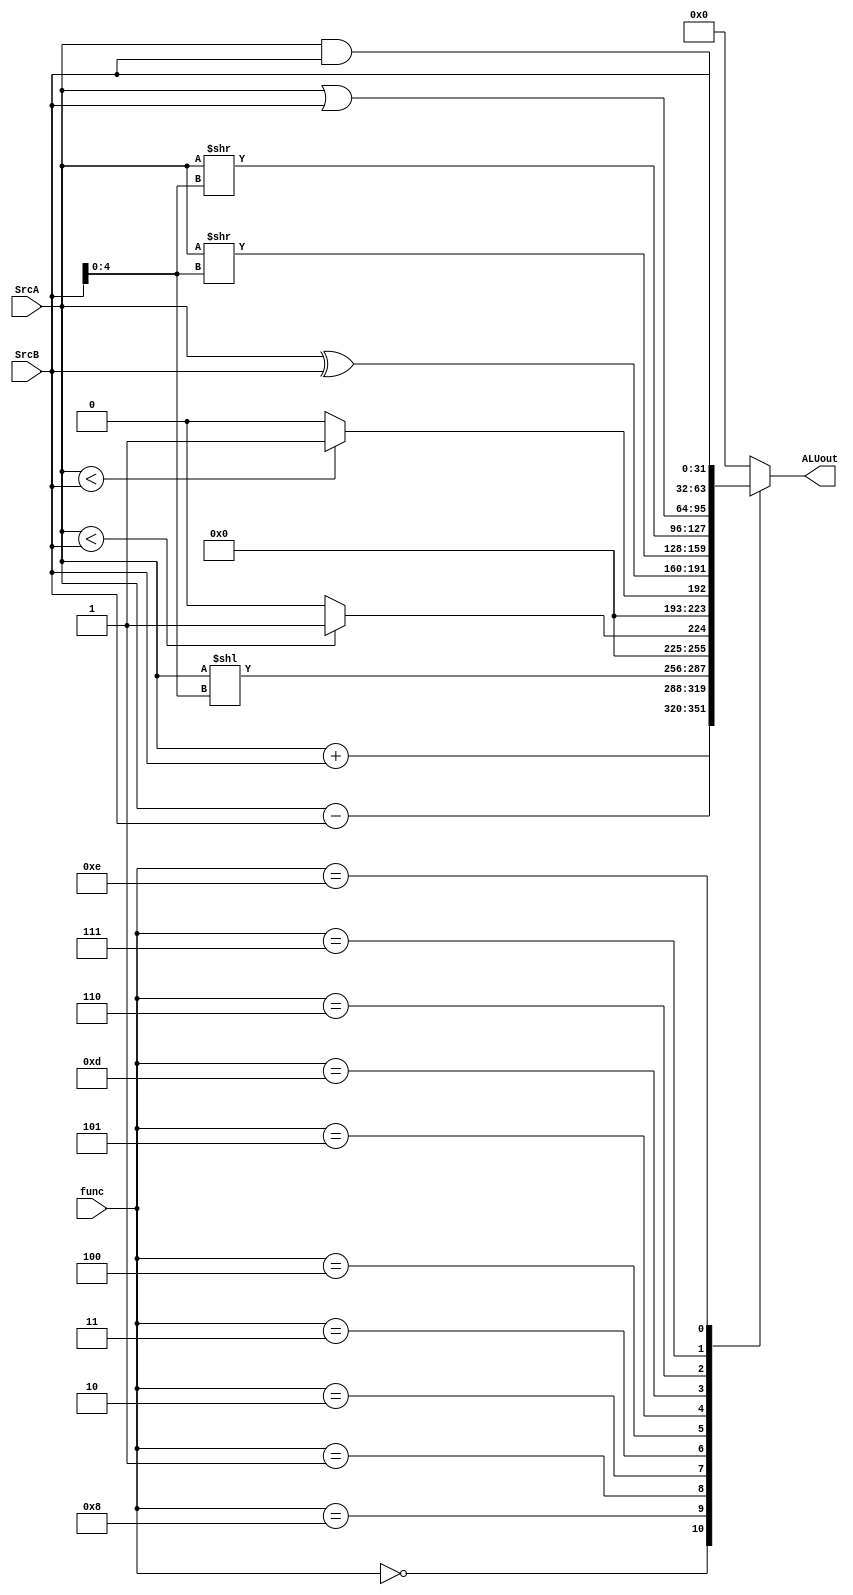
module top_module (
    input  wire [31:0] SrcA,
    input  wire [31:0] SrcB,
    input  wire [ 3:0] func,
    output  reg [31:0] ALUout
);

    wire signed [31:0] signed_a;
    wire signed [31:0] signed_b;

    assign signed_a = SrcA;
    assign signed_b = SrcB;

    always @(*) begin
        case(func)
            4'b0000: ALUout = SrcA + SrcB;
            4'b1000: ALUout = SrcA - SrcB;
            4'b0001: ALUout = SrcA << SrcB[4:0];
            4'b0010: ALUout = (signed_a < signed_b) ? 1 : 0;
            4'b0011: ALUout = (SrcA < SrcB) ? 1 : 0;
            4'b0100: ALUout = SrcA ^ SrcB;
            4'b0101: ALUout = SrcA >> SrcB[4:0];
            4'b1101: ALUout = signed_a >> signed_b[4:0];
            4'b0110: ALUout = SrcA | SrcB;
            4'b0111: ALUout = SrcA & SrcB;
            4'b1110: ALUout = SrcB;
            default: ALUout = 32'b0;
        endcase
    end
endmodule